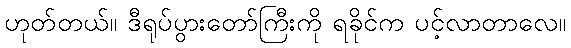
ဟုတ်တယ်။ ဒီရုပ်ပွားတော်ကြီးကို ရခိုင်က ပင့်လာတာလေ။